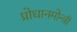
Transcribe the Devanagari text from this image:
प्रोधानमोन्त्री